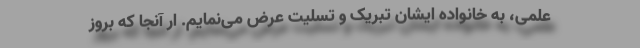
علمی، به خانواده‌ ایشان تبریک و تسلیت عرض می‌نمایم. ار آنجا که بروز